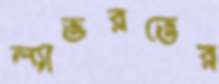
ল্যাভরভের